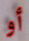
أو